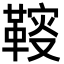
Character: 䩳